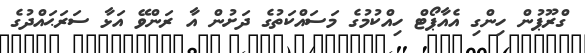
ގްރޫޕުން ހިންގި އެއާޕޯޓް ހިއްކުމުގެ މަސައްކަތުގެ ދަށުން އާ ރަންވޭ އަޅާ ސަރަޙައްދުގެ